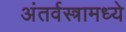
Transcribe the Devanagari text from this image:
अंतर्वस्त्रामध्ये